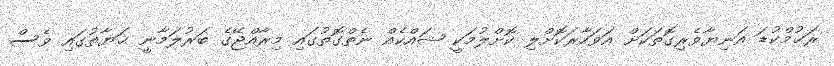
ރަޙުމްކުޑަ އަނިޔާވެރިގޮތަކަށް އަވަހާރަކޮށްލި ކޮށްލުމަކީ ޝައްކެއް ނެތްގޮތުގައި މިރާއްޖޭގެ ބަރުލަމާނީ ޙަޔާތުގައި ވެސް